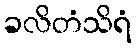
ခလိတံသိရံ